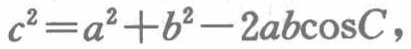
\(c^{2}=a^{2}+b^{2}-2ab\cos C\)